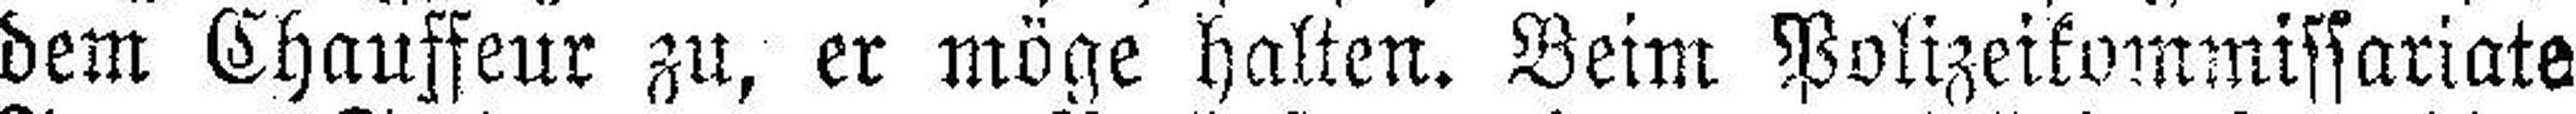
dem Chauffeur zu, er möge halten. Beim Polizeikommissariate